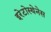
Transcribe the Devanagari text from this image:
इरेटोस्थेनेस